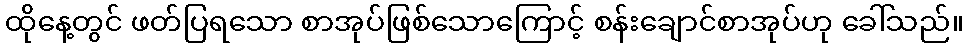
ထိုနေ့တွင် ဖတ်ပြရသော စာအုပ်ဖြစ်သောကြောင့် စန်းချောင်စာအုပ်ဟု ခေါ်သည်။